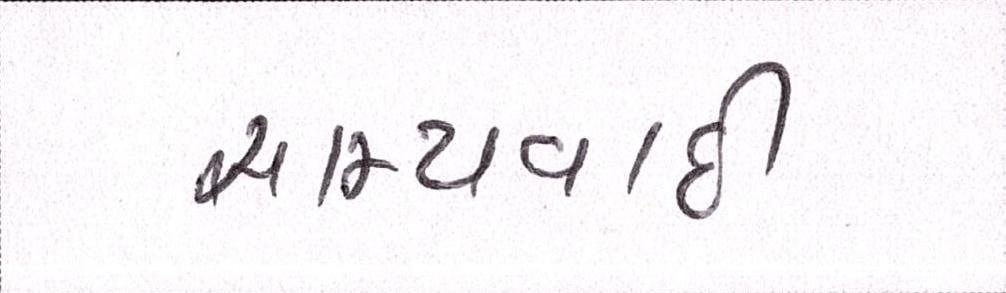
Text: સામ્યવાદી